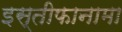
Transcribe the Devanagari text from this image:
इस्तीफानामा